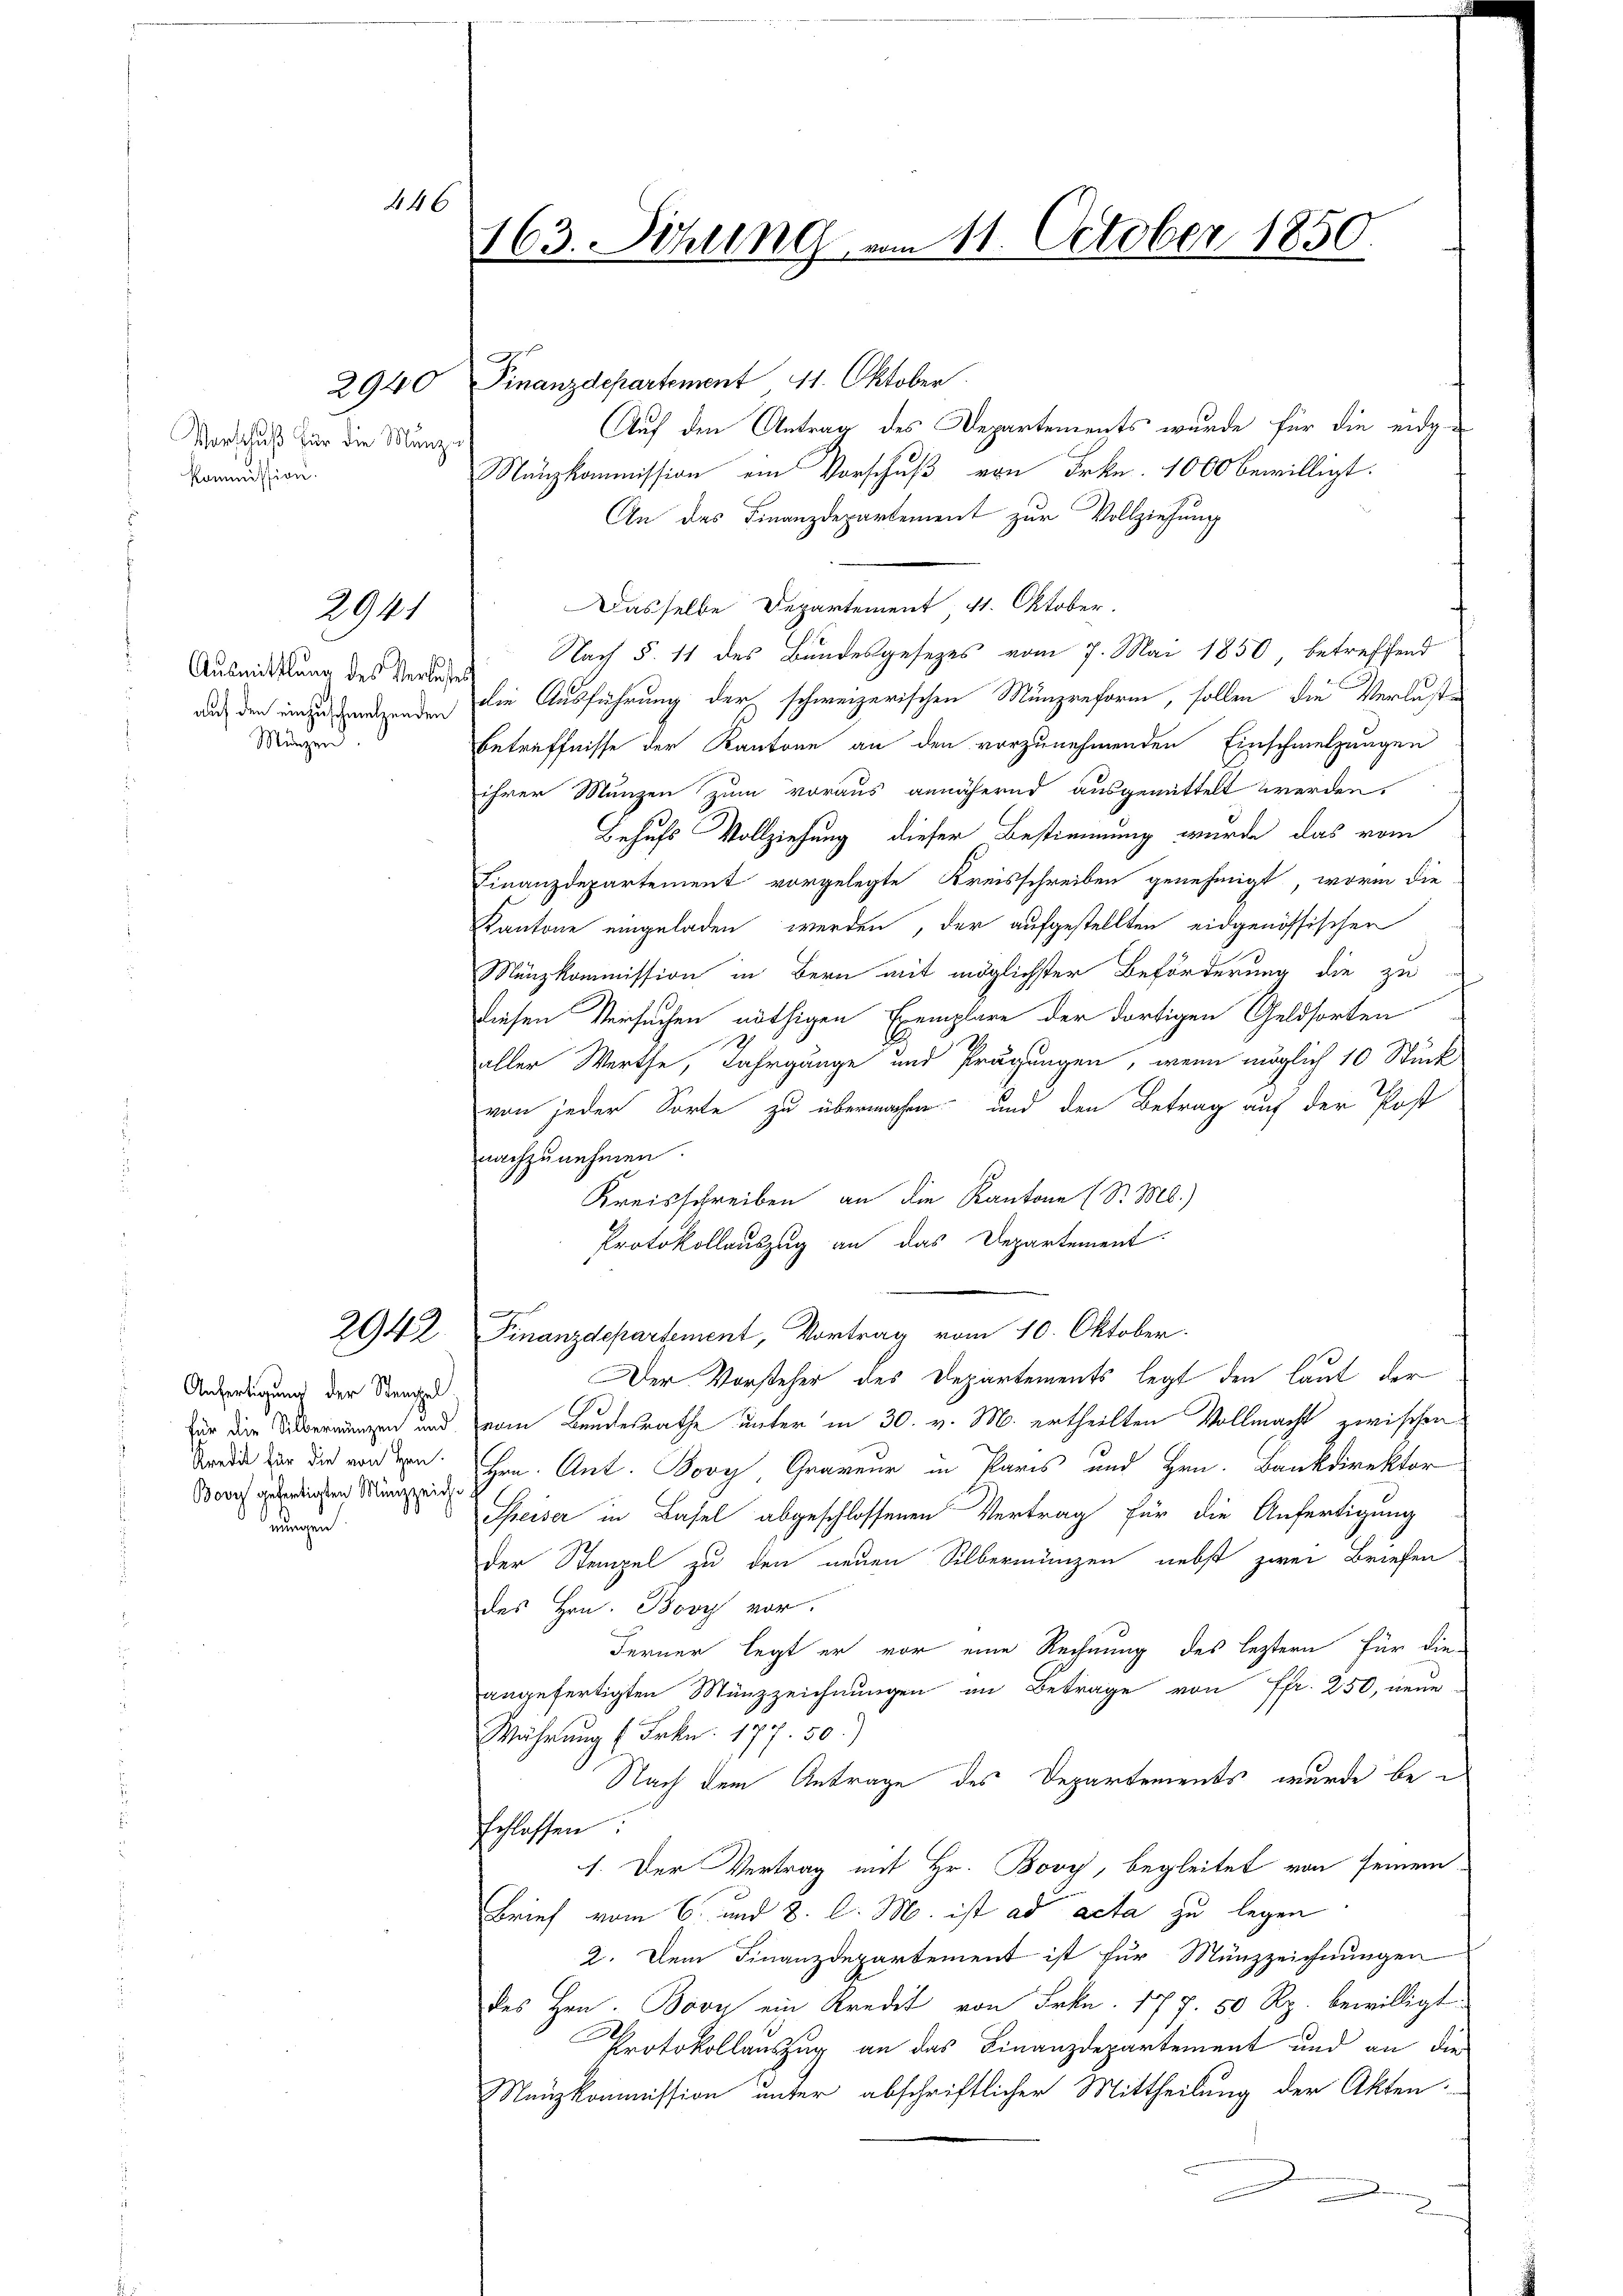
146

Vorschuß für die Munz
Kommission.

Ausmittlung des Verlustes
Münzen.

2940

2941

2942

163. Sitzung vom 11. October 1850.

Anfertigung der Stangel,
für die Silbernenzen und
Kredit für die von Hrn.
Bovrz gefertigten Münzzeiche
nungen

Finanzdepartement, 11. Oktober.
Auf den Antrag des Departements wurde für die eidg¬
Mänzkommission ein Vorschŭβ von Frkn. 1000 bewilligt.
An des Finanzdepartement zur Vollziehung
Dasselbe Departement 11. Oktober.
Nach §. 11 des Bundesgesezes vom 7. Mai 1850 betreffend
au den einzusenden die Ausführung der schweizerischen Münzreform, sollen die Verluste
Betreffnisse der Kantone an den vorzunehmenden Einschmelzungen
ihrer Munzen zum voraus annähernd ausgemittelt werden.
Behufs Vollziehung dieser Bestimmung wurde das vom
Finanzdepartement vorgelegte Kreisschreiben genehmigt, worin die
Kantone eingeladen werden, der aufgestellten eidgenössischen
Münzkommission in Bern mit möglichster Beförderung die zu
diesen Versuchen nöthigen Exemplare der dortigen Geldsorten
x
aller Werthe, Fahrgänge und Prägungen, wenn möglich 10 Stück
von jeder Sorte zu übermachen und den Betrag auf der Post
nachzunehmen.
Kreisschreiben an die Kantone (S. M.)
Protokollauszug an das Departement
den
Finanzdepartement, Vortrag vom 10. Oktober.
Der Vorsteher des Departements legt den laut der
vom Bundesrathe unter in 30. v. M. ertheilten Vollmacht zwischen
Hrn. Ant. Boy, Graveur in Paris und Hrn. Bankdirektor
Sheiser in Basel abgeschlossenen Vertrag für die Anfertigung
der Stempel zu den neuen Silbermünzen nebst zwei Briefen
des Hrn. Boy vor.
Ferner legt er vor eine Rechnung des leztern für die-
angefertigten Münzzeichnungen an Betrage von Pfr. 250, neue
Währung 1 Frkn. 177. 50.)
Nach dem Antrage des Departements, wurde beschlossen:
1. Der Vertrag mit Hr. Bovy, begleitet von seinem
Brief vom 6. und 8. d. M. ist ad acta zu legen
2. Dem Finanzdepartement ist für Münzzeichnungen
des Hrn. Bovi ein Kredit von Frkn. 177. 50 Rp. bewilligt.
Protokollauszug an das Finanzdepartement und an die
Manzkommission unter abschriftlicher Mittheilung der Akten.
Zu eing